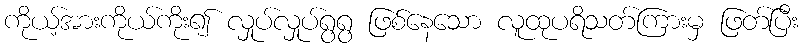
ကိုယ့်အားကိုယ်ကိုး၍ လှုပ်လှုပ်ရွရွ ဖြစ်နေသော လူထုပရိသတ်ကြားမှ ဖြတ်ပြီး